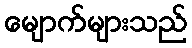
မျောက်များသည်